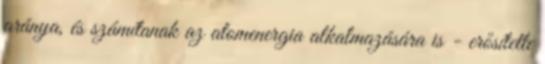
aránya, és számítanak az atomenergia alkalmazására is - erősítette